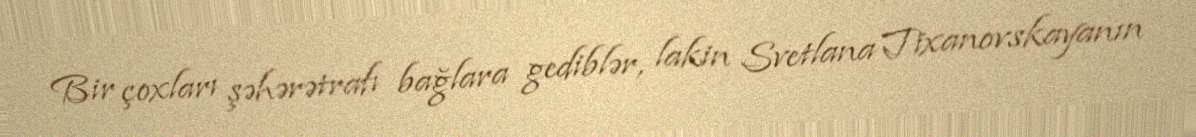
Bir çoxları şəhərətrafı bağlara gediblər, lakin Svetlana Tixanovskayanın